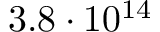
3 . 8 \cdot 1 0 ^ { 1 4 }